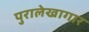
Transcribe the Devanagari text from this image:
पुरालेखागार